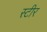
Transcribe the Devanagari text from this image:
स्टीर